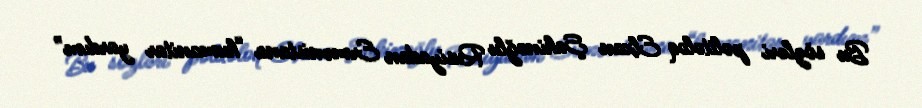
Bu sözləri politoloq Elxan Şahinoğlu Rusiyadan Ermənistana “humanitar yardım”